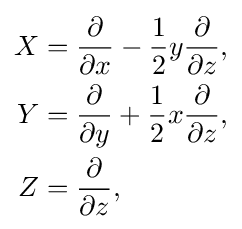
{\begin{aligned}X&={\frac {\partial }{\partial x}}-{\frac {1}{2}}y{\frac {\partial }{\partial z}},\\Y&={\frac {\partial }{\partial y}}+{\frac {1}{2}}x{\frac {\partial }{\partial z}},\\Z&={\frac {\partial }{\partial z}},\end{aligned}}